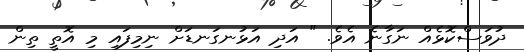
ދުވަސްކޮޅެއް ނަގާނެ އެވެ. " އަދި އަޅުނގަނޑަށް ނިމިފައި މި އޮތީ ތިން